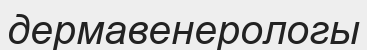
дермавенерологы